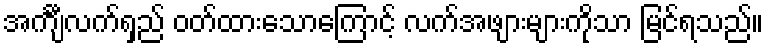
အင်္ကျီလက်ရှည် ဝတ်ထားသောကြောင့် လက်အဖျားများကိုသာ မြင်ရသည်။